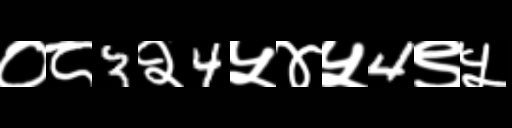
Text: ०८3२4५४५4९५